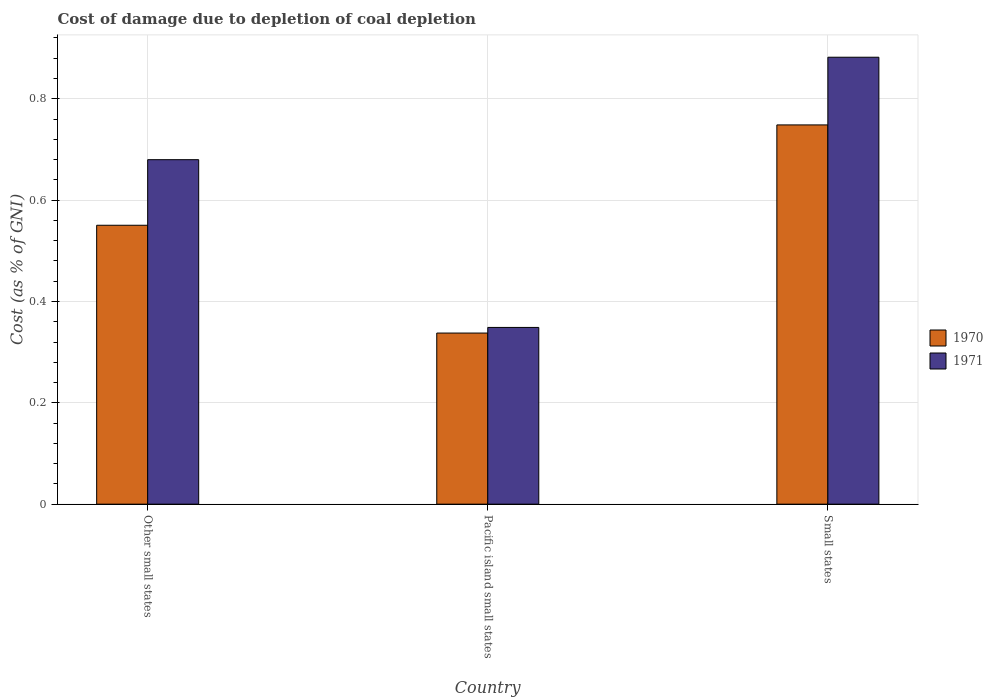
| Country | 1970 | 1971 |
 | --- | --- | --- |
 | Other small states | 0.55 | 0.68 |
 | Pacific island small states | 0.338 | 0.349 |
 | Small states | 0.748 | 0.882 |